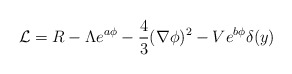
\begin{align*}{\cal L}=R-\Lambda e^{a\phi}-\frac{4}{3}(\nabla\phi)^2-Ve^{b\phi}\delta(y)\end{align*}